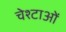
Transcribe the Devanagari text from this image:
चेश्टाओं